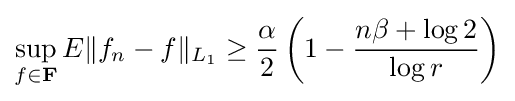
\sup _{f\in \mathbf {F} }E\|f_{n}-f\|_{L_{1}}\geq {\frac {\alpha }{2}}\left(1-{\frac {n\beta +\log 2}{\log r}}\right)